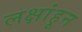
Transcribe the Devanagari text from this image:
लक्षांहून